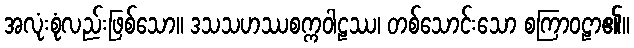
အလုံးစုံလည်းဖြစ်သော။ ဒသသဟဿစက္ကဝါဠဿ၊ တစ်သောင်းသော စကြာဝဠာ၏။